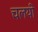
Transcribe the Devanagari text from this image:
चलयी